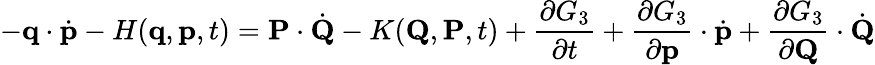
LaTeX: -\mathbf{q}\cdot{\dot{\mathbf{p}}}-H(\mathbf{q},\mathbf{p},t)=\mathbf{P}\cdot{\dot{\mathbf{Q}}}-K(\mathbf{Q},\mathbf{P},t)+{\frac{\partial G_{3}}{\partial t}}+{\frac{\partial G_{3}}{\partial\mathbf{p}}}\cdot{\dot{\mathbf{p}}}+{\frac{\partial G_{3}}{\partial\mathbf{Q}}}\cdot{\dot{\mathbf{Q}}}